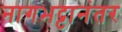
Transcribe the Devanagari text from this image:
नागभट्टानंतर